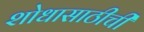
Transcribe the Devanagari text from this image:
शोधासाठीची